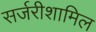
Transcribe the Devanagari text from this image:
सर्जरीशामिल